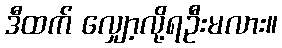
ဒီထက် လျှော့လို့ရဦးမလား။